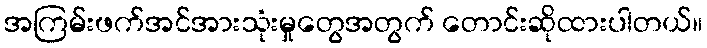
အကြမ်းဖက်အင်အားသုံးမှုတွေအတွက် တောင်းဆိုထားပါတယ်။